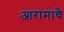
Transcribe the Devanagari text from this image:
आरामाचे